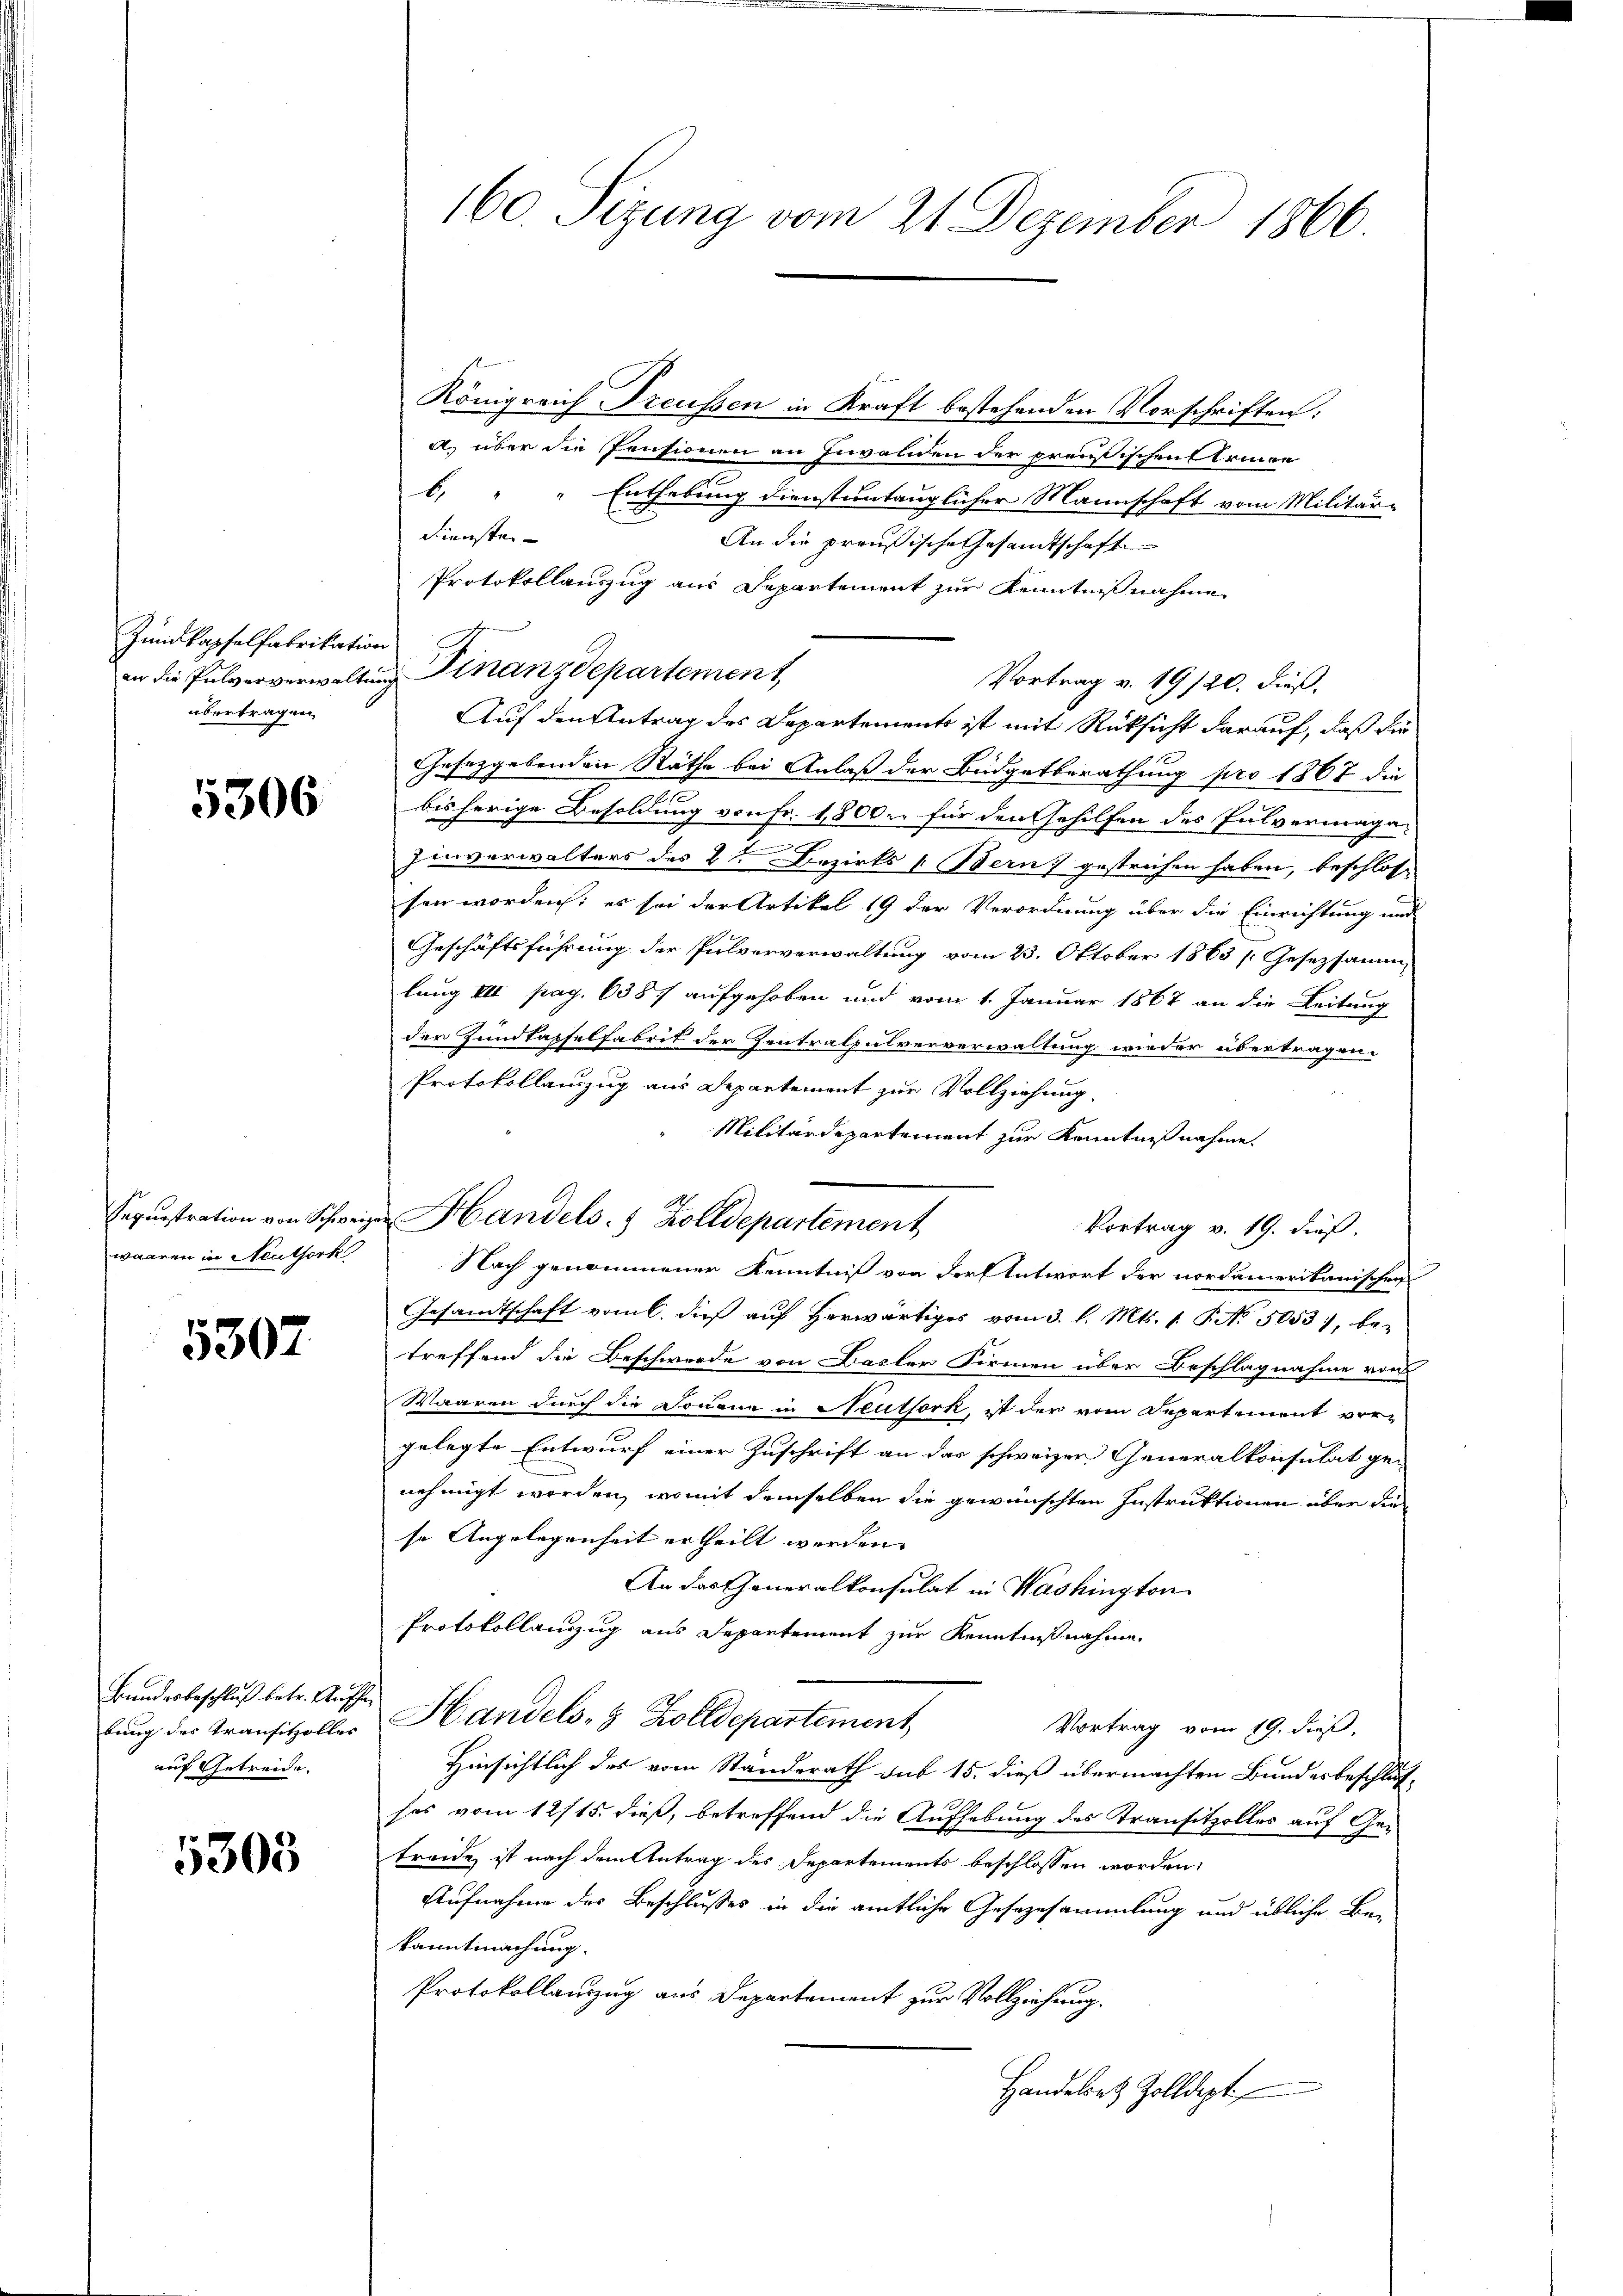
Zundkapfelfabrikation
übertragen.

5306

Sequestration von Schwe
waaren in Neuthork

5307

Bundesbeschluß betr. Stuf
bung des Transitzolles
auf Getreide.

5303

Königreich Treussen in Kraft bestehenden Vorschriften:
a. über die Pensionen an Invalden der preußischen Ernen
6. " " Enthebung dienstuntauglicher Mannschaft vom Militär-
Dienste
An die preußische Gesandtschaft
Protokollauszug aus Departement zur Kenntnißnahme
Vortrag v. 19/20. dieß¬
Auf den Antrag des Departement ist mit Rücksicht darauf, daß die
Gesetzgebenden Räthe bei Anlaß der Budgetberathung pro 1867 die
bis herige Besoldung von Fr. 1,800. für den Gehilfen des Pulvermaga¬
Einverwalters des L. Bezirks [ Bern) gestrechen haben, beschlossen worden; es sei der Artikel 19 der Verordnung über die Einrichtung und
Geschäftsführung der Pulververwaltung vom 23. Oktober 1863 (Gesetzsamm
lung III pag. 6387 aufgehoben und vom 1. Januar 1867 an die Leitung
der Zundkapselfabrit der Zentralpulververwaltung wieder übertragen.
Protokollauszug aus Departement zur Vollziehung.
Militärdepartement zur Kenntnißnahme.
 Handels- & Zolldepartement
Vortrag v. 19. dieß.
Nach genommener Kenntniß von der Antwort der nordameritanischen
Gesandtschaft vom 6. dieß auf herwärtiges vom 3. l. Mts. 1. P. Nr. 5053), betreffend die Beschwerde von Basler Firmen über Beschlagnahme von
Waaren durch die Douana in Neutfork, ist der vom Departement vergelegte Entwurf einer Zuschrift an das schweizer Generalkonsulat ge-
nehmigt worden, womit demselben die gewünschten Instruktionen über die
se Angelegenheit ertheilt werden. |
An das Generalkonsulat in Washington
Protokollauszug aus Departement zur Kenntnißnahme
t Handels- & Zolldepartement
Vortrag vom 19. dieß,
Hinsichtlich des vom Standerath sub 15. dieß übermachten Bundesbeschlusses vom 12/15. dieß, betreffend die Aufhebung des Transitzolles auf Ge-
treide ist nach dem Antrag des Departements beschlossen worden,
Aufnahme des Beschlusses in die amtliche Gesezesammlung und übliche Be-
kanntmachung.
Protokollauszug aus Departement zur Vollziehung.
Handelsatz Zolldept

160. Sizung vom 21. Dezember 1866

in die Pulververwaltung Finanzdepartement